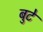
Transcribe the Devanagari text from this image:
बुटे